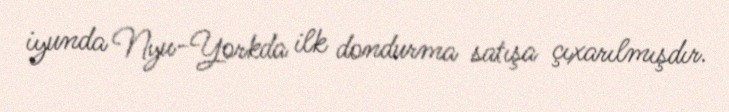
iyunda Nyu-Yorkda ilk dondurma satışa çıxarılmışdır.